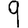
Digit: 9